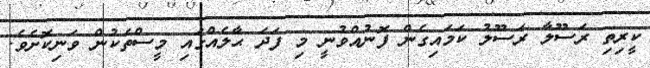
ކީރިތި ރަސޫލާ ރަސޫލު ކަމައިގެން ފޮނުއްވުނީ މި ފަދަ ޙާލެއްގައި މީސްތަކުން ވަނިކޮށެވެ.